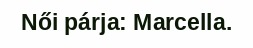
Női párja: Marcella.